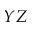
Y Z